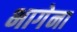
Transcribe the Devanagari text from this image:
भागेना